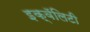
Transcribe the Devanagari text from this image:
इक्वॅलिटी